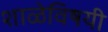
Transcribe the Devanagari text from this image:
शाळेविषयी